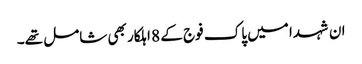
ان شہدا میں پاک فوج کے 8 اہلکار بھی شامل تھے۔